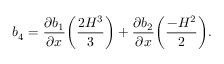
b _ { 4 } = \frac { \partial b _ { 1 } } { \partial x } \bigg ( \frac { 2 H ^ { 3 } } { 3 } \bigg ) + \frac { \partial b _ { 2 } } { \partial x } \bigg ( \frac { - H ^ { 2 } } { 2 } \bigg ) .